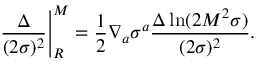
\left. \frac { \Delta } { ( 2 \sigma ) ^ { 2 } } \right| _ { R } ^ { M } = \frac { 1 } { 2 } \nabla _ { a } \sigma ^ { a } \frac { \Delta \ln ( 2 M ^ { 2 } \sigma ) } { ( 2 \sigma ) ^ { 2 } } .